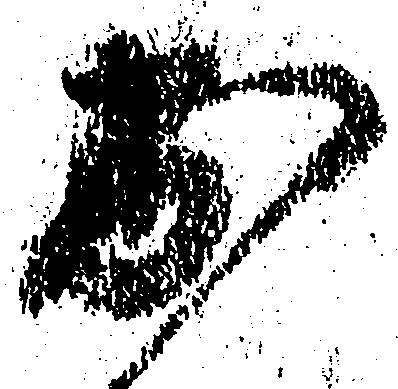
出